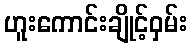
ဟူးကောင်းချိုင့်ဝှမ်း